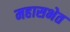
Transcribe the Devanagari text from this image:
महासभेत